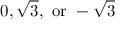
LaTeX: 0 , { \sqrt { 3 } } , { \mathrm { ~ o r ~ } } - { \sqrt { 3 } }